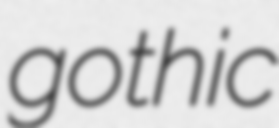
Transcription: gothic